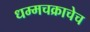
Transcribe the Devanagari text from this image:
धम्मचक्राचेच